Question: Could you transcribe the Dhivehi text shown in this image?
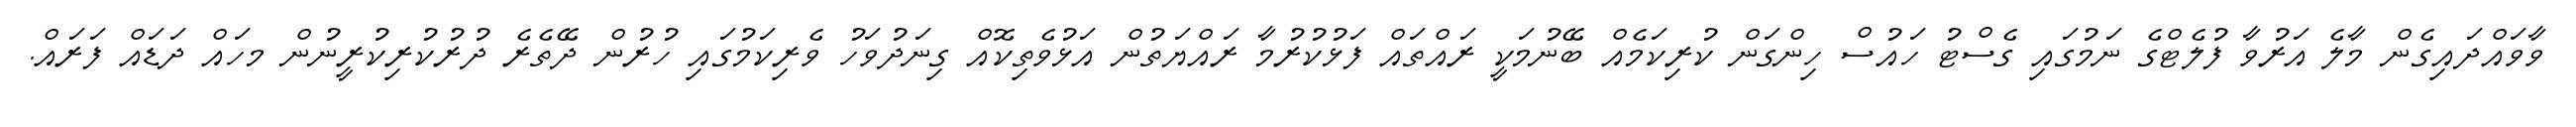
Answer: ވާވައްދައިގެން މާލެ އަރުވާ ފުލެޓްގެ ނަމުގައި ގެސްޓު ހައުސް ހިންގަން ކުރިކަމެއް ބޭނުމަކީ ރައްތައް ފަޅުކުރުމާ ރައްޔަތުން އަޅުވެތިކޮއް ގިނަދުވަހު ވެރިކަމުގައި ހުރުން ދޭތެރެ ދުރުކުރިކުރީނުން މހައް ދަޑައް ފަރައް.